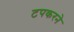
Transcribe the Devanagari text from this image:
टपकरने